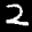
Label: 2